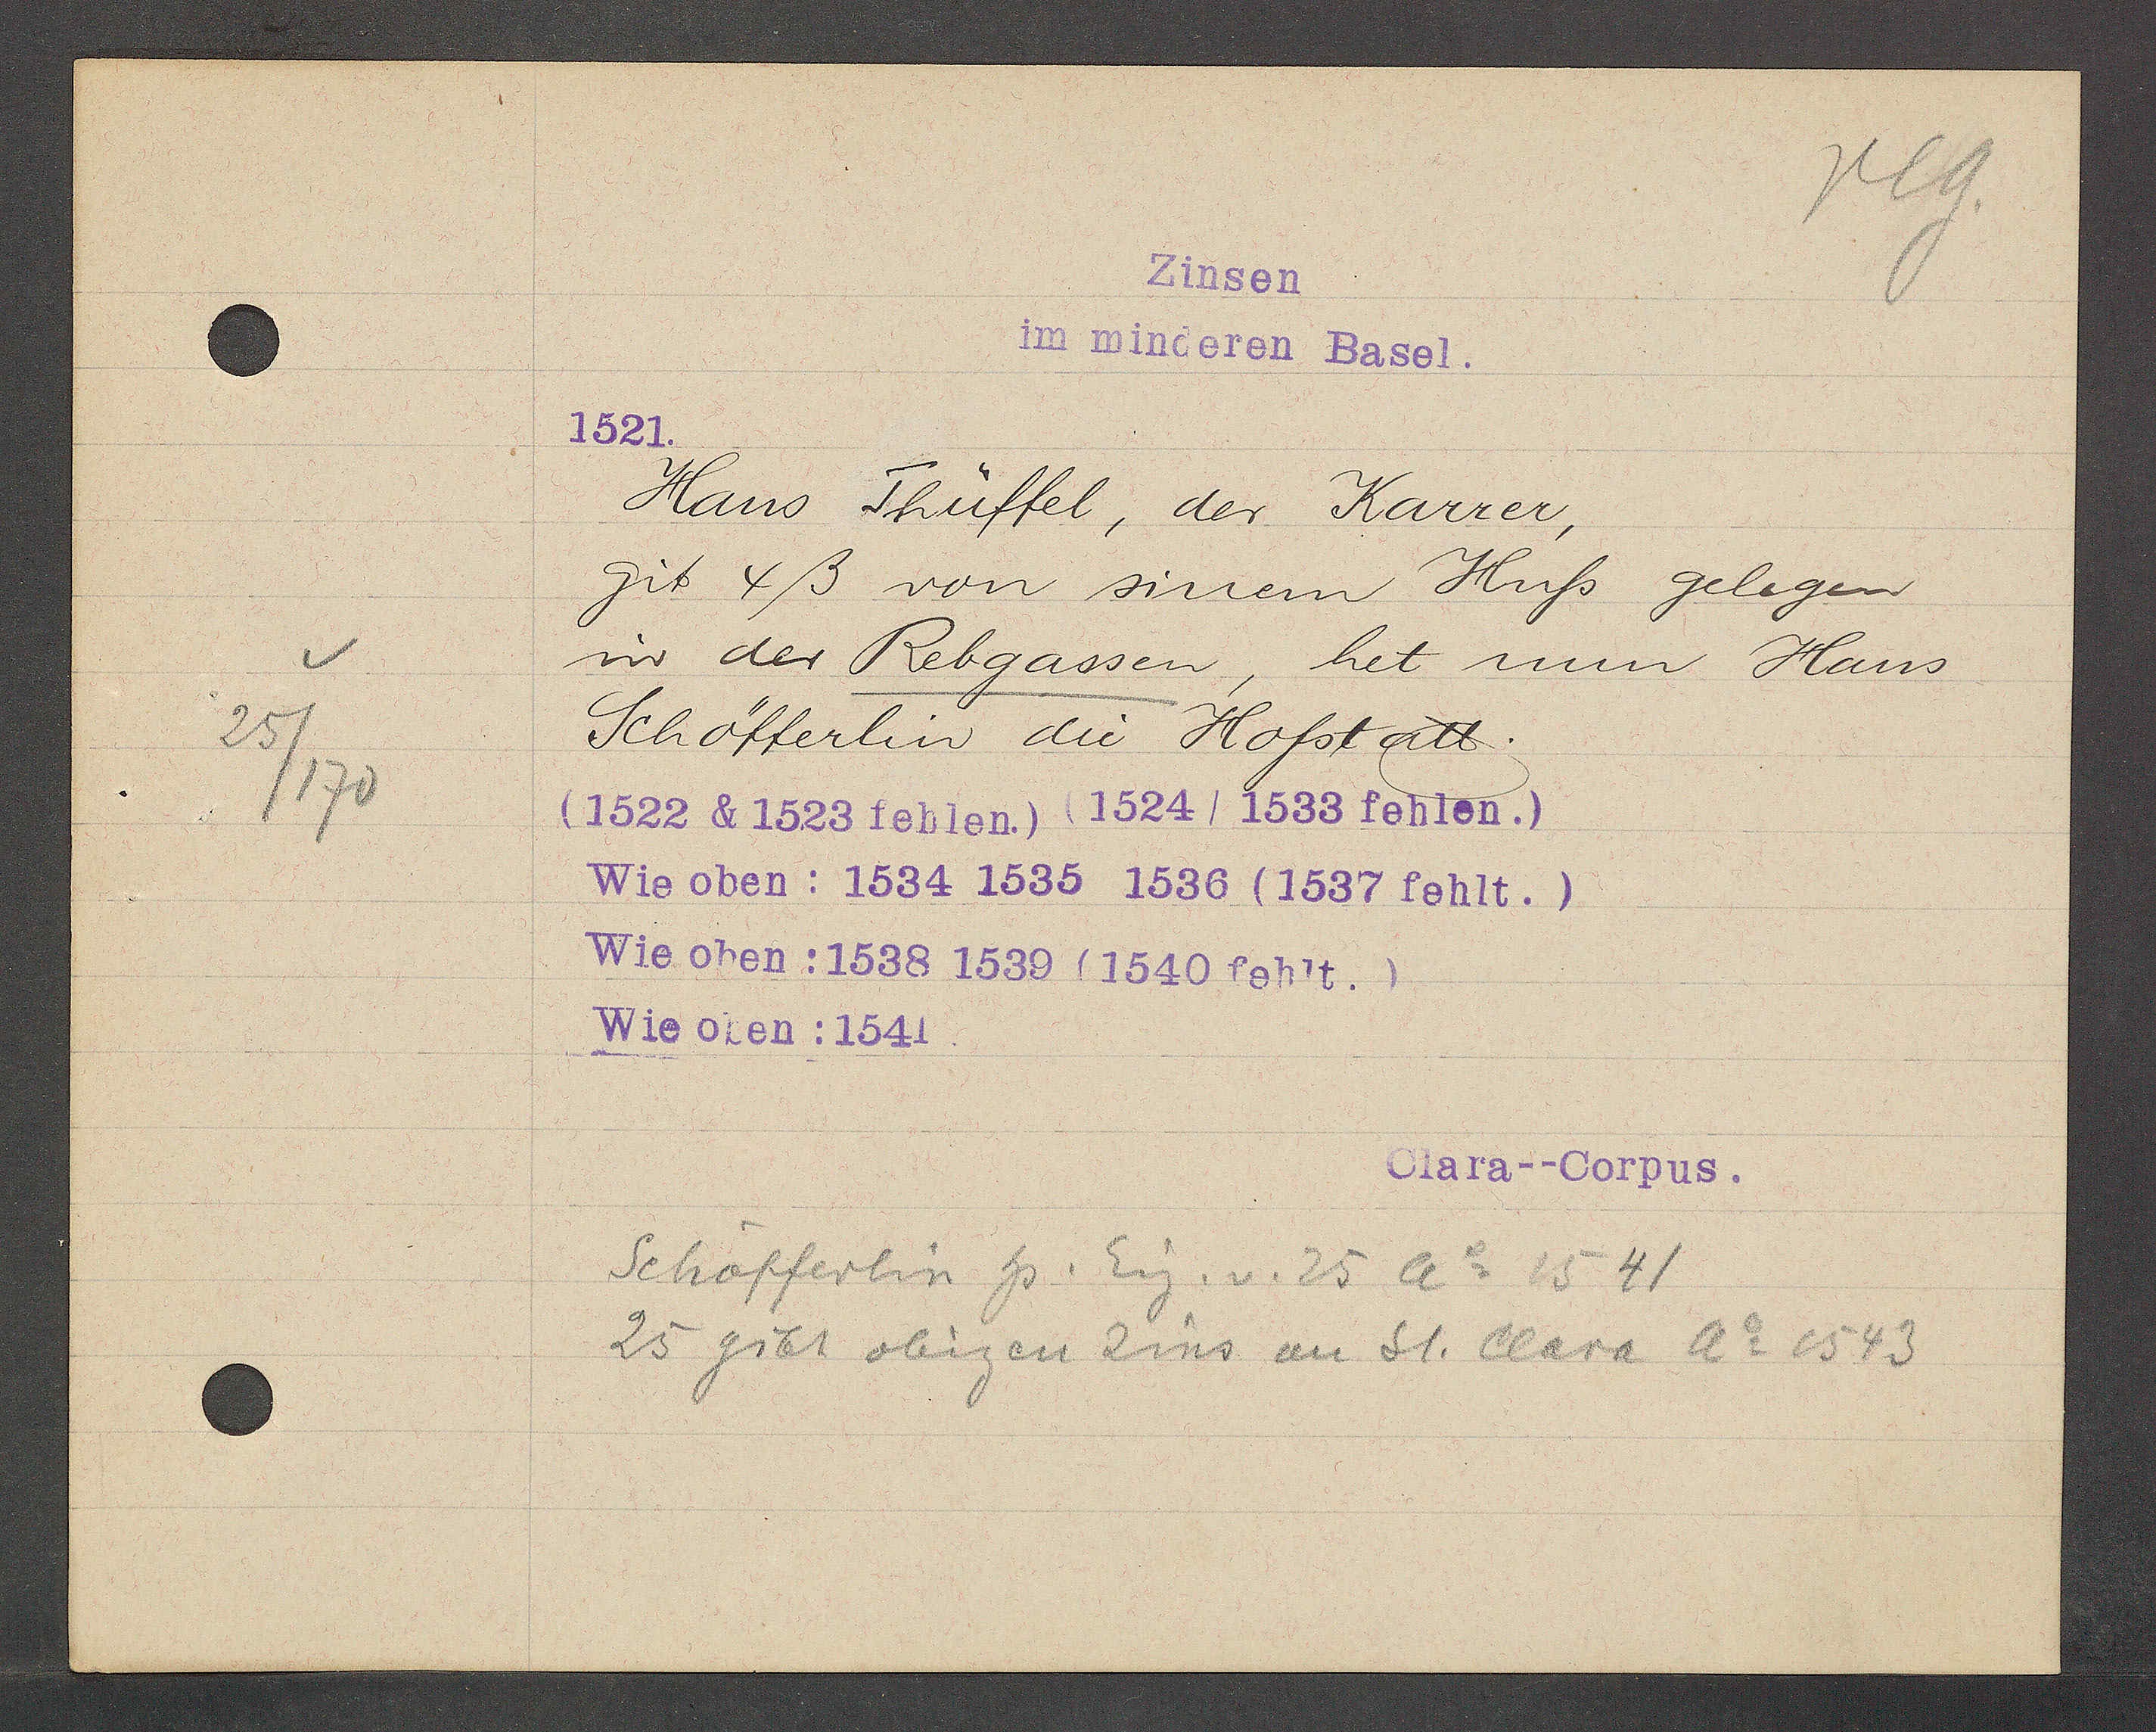
Transcript:
25
/170

Zinsen
im minderen Basel.

1521.
Hans Thüffel, der Karrer,
git 4ß von sinem Huss gelegen
in der Rebgassen, het nun Hans
Schöfferlin die Hofstatt.
(1522 & 1523 fehlen.) (1524/1533 fehlen.)
Wie oben: 1534 1535 1536 (1537 fehlt.)
Wie obenn: 1538 1539 (1540 fehlt.)
Wie oben: 1541

Clara--Corpus.

Schöfferlin hs. Eig. v. 25 ao 1541
25 gibt obigen Zins an St. Clara ao 1543